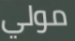
مولي